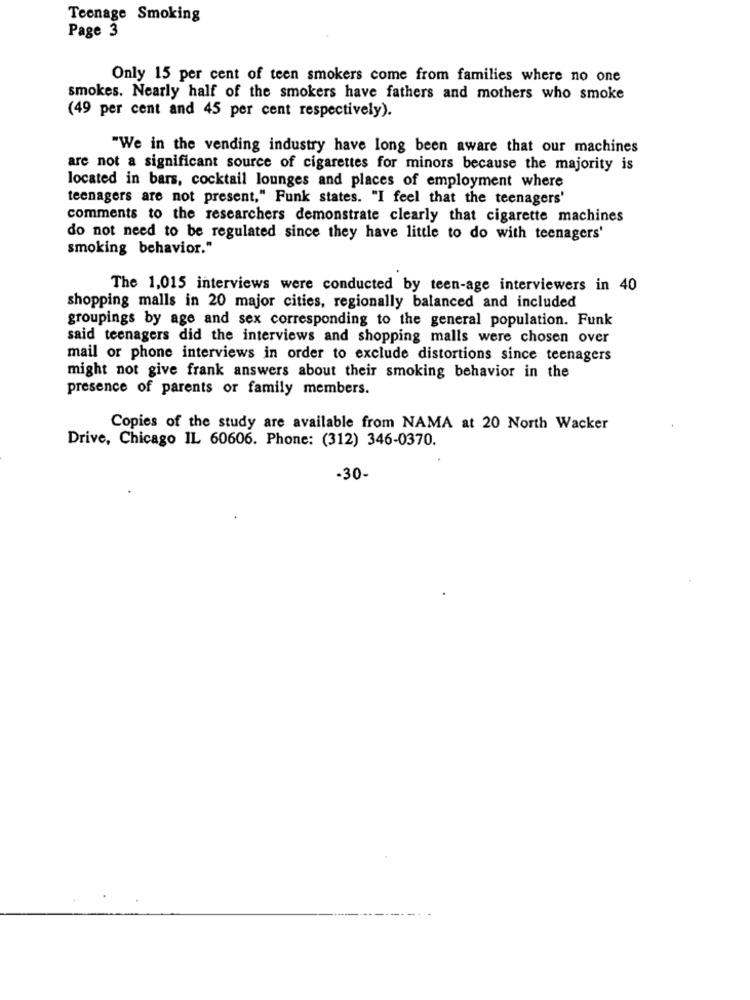
Teenage Smoking
Page 3
Only 15 per cent of teen smokers come from families where no one
smokes. Nearly half of the smokers have fathers and mothers who smoke
(49 per cent and 45 per cent respectively).
"We in the vending industry have long been aware that our machines
are not a significant source of cigarettes for minors because the majority is
located in bars, cocktail lounges and places of employment where
teenagers are not present," Funk states. "I feel that the teenagers'
comments to the researchers demonstrate clearly that cigarette machines
do not need to be regulated since they have little to do with teenagers'
smoking behavior."
The 1,015 interviews were conducted by teen-age interviewers in 40
shopping malls in 20 major cities, regionally balanced and included
groupings by age and sex corresponding to the general population. Funk
said teenagers did the interviews and shopping malls were chosen over
mail or phone interviews in order to exclude distortions since teenagers
might not give frank answers about their smoking behavior in the
presence of parents or family members.
Copies of the study are available from NAMA at 20 North Wacker
Drive, Chicago IL 60606. Phone: (312) 346-0370.
-30-